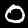
Digit: 0